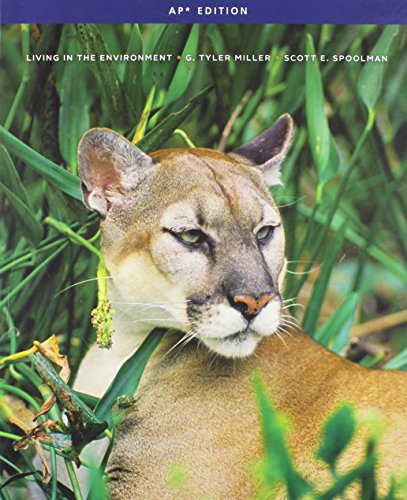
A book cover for Living in the Environment; G. Tyler, Jr. Miller; Teen & Young Adult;